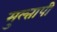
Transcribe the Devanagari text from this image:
मुल्तापी